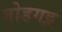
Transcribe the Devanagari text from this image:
गोडगट्ट